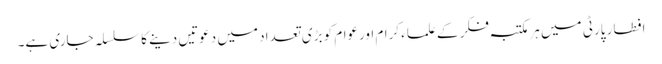
افطار پارٹی میں ہرمکتبہ فکر کے علماء کرام اورعوام کو بڑی تعداد میں دعوتیں دینے کا سلسلہ جاری ہے۔